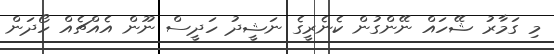
މި ގަމާރު ޝޭހައް ނޭންގުން ކެނެރީގެ ނަޝީދު ހަދީސް ނޫން އެއްޗެއް ހޯދަން